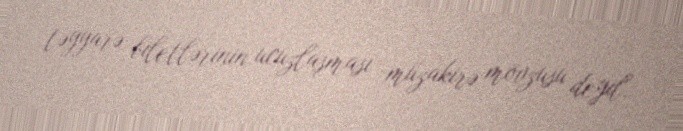
təyyarə biletlərinin ucuzlaşması müzakirə mövzusu deyil.